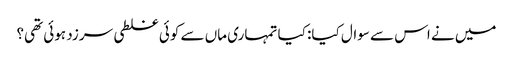
میں نے اس سے سوال کیا: کیا تمہاری ماں سے کوئی غلطی سرزد ہوئی تھی؟